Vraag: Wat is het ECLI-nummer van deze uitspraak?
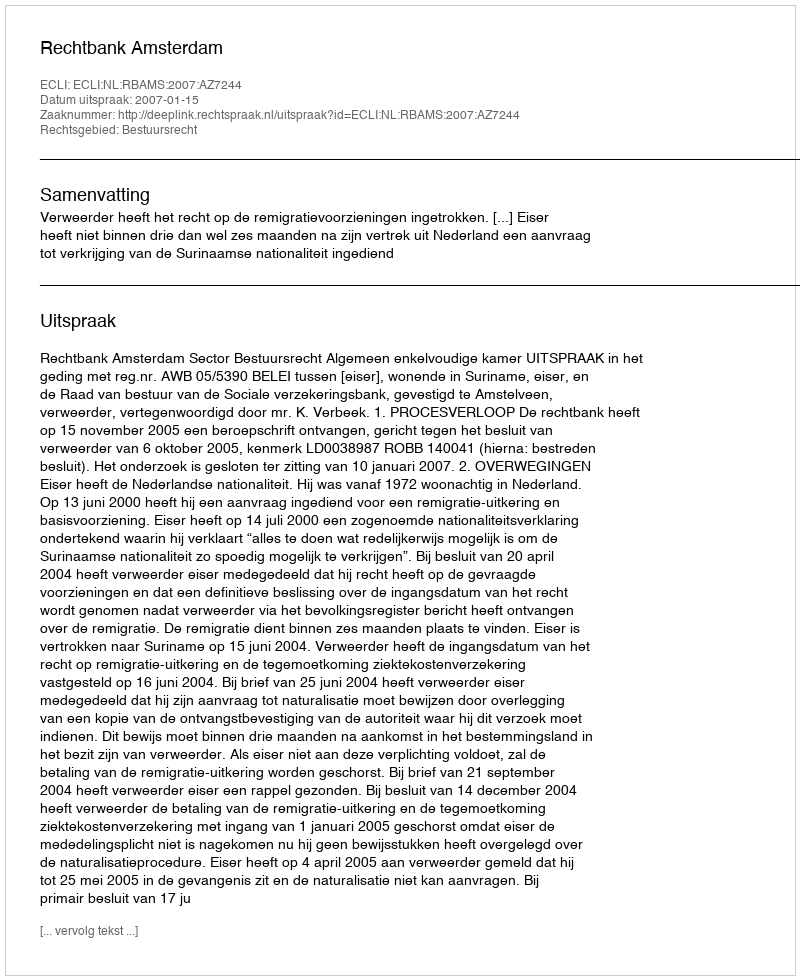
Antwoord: ECLI:NL:RBAMS:2007:AZ7244